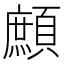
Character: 𩔼